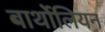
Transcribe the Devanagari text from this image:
बार्थोलियन